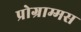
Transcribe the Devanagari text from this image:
प्रोग्राम्मस